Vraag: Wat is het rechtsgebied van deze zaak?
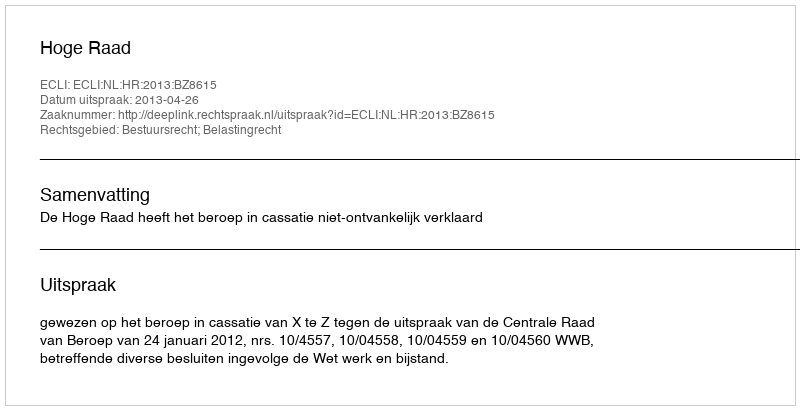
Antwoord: Bestuursrecht; Belastingrecht